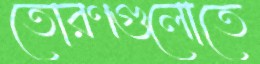
তোরণগুলোতে